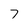
Character: 7